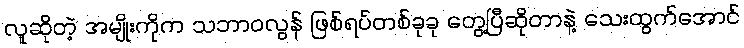
လူဆိုတဲ့ အမျိုးကိုက သဘာဝလွန် ဖြစ်ရပ်တစ်ခုခု တွေ့ပြီဆိုတာနဲ့ သေးထွက်အောင်